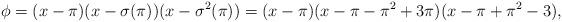
LaTeX: \begin{align*} \phi = (x-\pi)(x-\sigma(\pi))(x-\sigma^2(\pi)) = (x-\pi)(x-\pi-\pi^2+3\pi)(x-\pi+\pi^2-3), \end{align*}